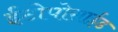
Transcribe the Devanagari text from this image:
ईटोपोसाईड